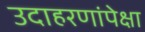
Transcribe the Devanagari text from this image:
उदाहरणांपेक्षा